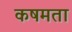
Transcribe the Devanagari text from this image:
कषमता